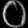
Digit: ၀